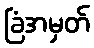
ခြံအမှတ်